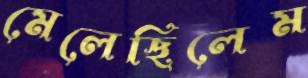
মেলেছিলেম